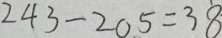
2 4 3 - 2 0 5 = 3 8